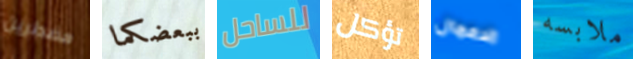
مضطرين ببعضكما للساحل تؤكل الاعمال ملابسه